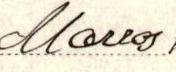
Marras